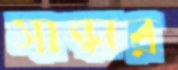
সান্ধার